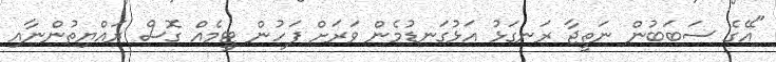
"އޭގެ ސަބަބުން ނަތީޖާ ރަނގަޅު އަޅުގަނޑުމެން ވަރަށް ފަހުން ޓީމެއް ގޮސް ރައްޔިތުންނާއި